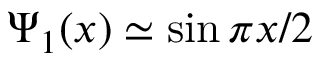
\Psi _ { 1 } ( x ) \simeq \sin \pi x / 2